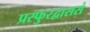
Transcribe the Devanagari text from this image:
प्रस्फुरद्वाससं